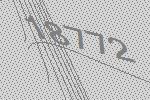
18772